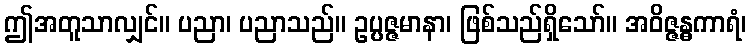
ဤအတူသာလျှင်။ ပညာ၊ ပညာသည်။ ဥပ္ပဇ္ဇမာနာ၊ ဖြစ်သည်ရှိသော်။ အဝိဇ္ဇန္ဓကာရံ၊